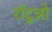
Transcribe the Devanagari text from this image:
राॅटुन्नो